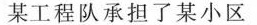
某工程队承担了某小区